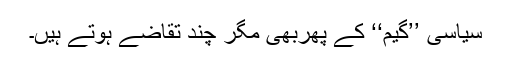
سیاسی ’’گیم‘‘ کے پھربھی مگر چند تقاضے ہوتے ہیں۔